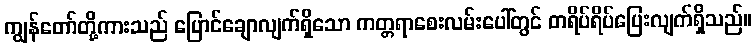
ကျွန်တော်တို့ကားသည် ပြောင်ချောလျက်ရှိသော ကတ္တရာစေးလမ်းပေါ်တွင် တရိပ်ရိပ်ပြေးလျက်ရှိသည်။